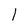
Character: l